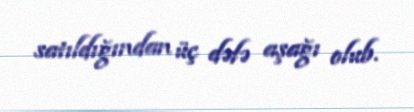
satıldığından üç dəfə aşağı olub.